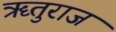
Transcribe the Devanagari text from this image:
ॠतुराज